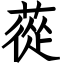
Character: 蓯